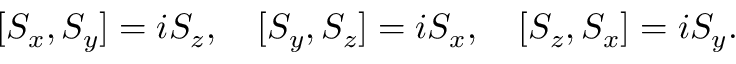
[ S _ { x } , S _ { y } ] = i S _ { z } , \quad [ S _ { y } , S _ { z } ] = i S _ { x } , \quad [ S _ { z } , S _ { x } ] = i S _ { y } .